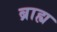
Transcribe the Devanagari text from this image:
ब्राह्य